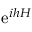
\ensuremath { \mathrm { e } } ^ { i h H }